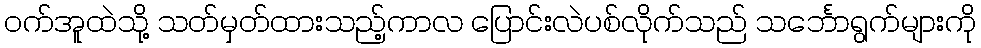
ဝက်အူထဲသို့ သတ်မှတ်ထားသည့်ကာလ ပြောင်းလဲပစ်လိုက်သည် သင်္ဘောရွက်များကို